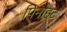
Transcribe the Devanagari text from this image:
पिनाहट